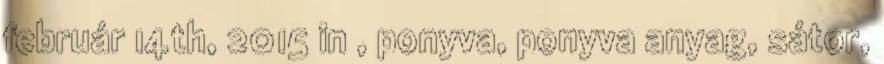
február 14th, 2015 in , ponyva, ponyva anyag, sátor,